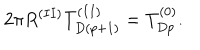
LaTeX: 2 \pi R ^ { ( I I ) } T _ { D ( p + 1 ) } ^ { ( I I ) } = T _ { D p } ^ { ( 0 ) } .